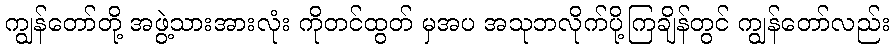
ကျွန်တော်တို့ အဖွဲ့သားအားလုံး ကိုတင်ထွတ် မှအပ အသုဘလိုက်ပို့ကြချိန်တွင် ကျွန်တော်လည်း